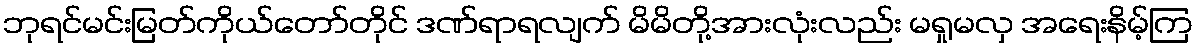
ဘုရင်မင်းမြတ်ကိုယ်တော်တိုင် ဒဏ်ရာရလျက် မိမိတို့အားလုံးလည်း မရှုမလှ အရေးနိမ့်ကြ